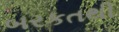
બરકતથી